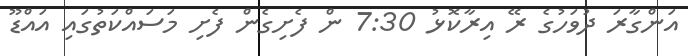
އަންގާރަ ދުވަހުގެ ރޭ އިރާކޮޅު 7:30 ން ފެށިގެން ފެށި މަސައްކަތުގައި އައްޑޫ